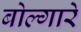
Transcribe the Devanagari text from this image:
बोल्गारे